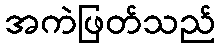
အကဲဖြတ်သည်